Annual report on the health of the army in India
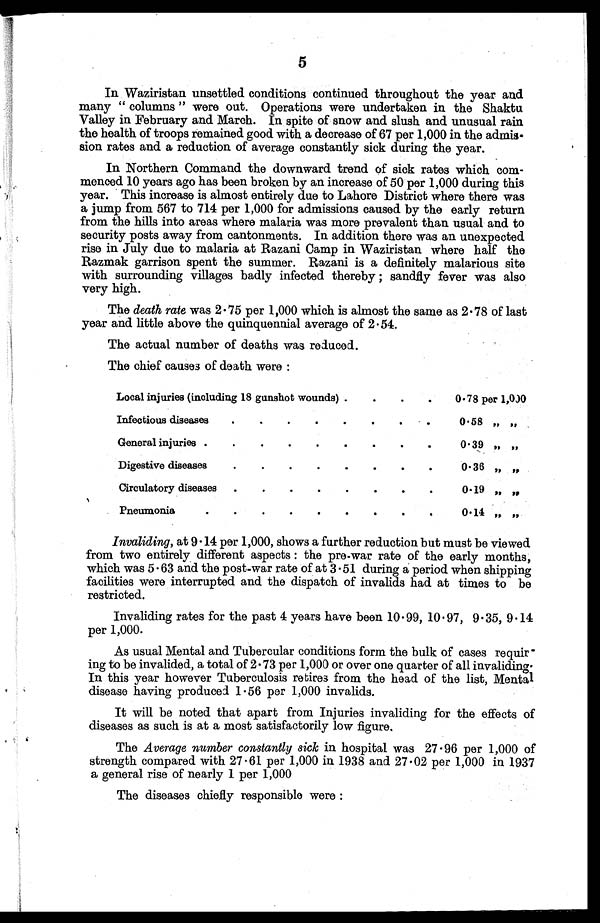
5
In Waziristan unsettled conditions continued throughout the year and
many " columns " were out. Operations were undertaken in the Shaktu
Valley in February and March. In spite of snow and slush and unusual rain
the health of troops remained good with a decrease of 67 per 1,000 in the admis
sion rates and a reduction of average constantly sick during the year.
In Northern Command the downward trend of sick rates which com
menced 10 years ago has been broken by an increase of 50 per 1,000 during this
year. This increase is almost entirely due to Lahore District where there was
a jump from 567 to 714 per 1,000 for admissions caused by the early return
from the hills into areas where malaria was more prevalent than usual and to
security posts away from cantonments. In addition there was an unexpected
rise in July due to malaria at Razani Camp in Waziristan where half the
Razmak garrison spent the summer. Razani is a definitely malarious site
with surrounding villages badly infected thereby ; sandfly fever was also
very high.
The death rate was 2 . 75 per 1,000 which is almost the same as 2 . 78 of last
year and little above the quinquennial average of 2.54.
The actual number of deaths was reduced.
The chief causes of death were :
Local injuries (including 18 gunshot wounds) .
.
.
.
0.78 per 1,000
Infectious diseases
.
.
.
.
.
.
.
.
0.58 ,, ,,
General injuries .
.
.
.
.
.
.
.
.
0.39 ,, „
Digestive diseases
.
.
.
.
.
.
.
.
0 . 3 6 , , , ,
Circulatory diseases
.
.
.
.
.
.
.
.
0 . 1 9 , , , ,
Pneumonia
.
.
.
.
.
.
.
.
.
0.14 , , , ,
Invaliding, at 9.14 per 1,000, shows a further reduction but must be viewed
from two entirely different aspects : the pre-war rate of the early months,
which was 5.63 and the post-war rate of at 3.51 during a period when shipping
facilities were interrupted and the dispatch of invalids had at times to be
restricted.
Invaliding rates for the past 4 years have been 10.99, 10.97, 9.35, 9.14
per 1,000.
As usual Mental and Tubercular conditions form the bulk of cases requir
ing to be invalided, a total of 2.73 per 1,000 or over one quarter of all invaliding.
In this year however Tuberculosis retires from the head of the list, Mental
disease having produced 1.56 per 1,000 invalids.
It will be noted that apart from Injuries invaliding for the effects of
diseases as such is at a most satisfactorily low figure.
The Average number constantly sick in hospital was 27.96 per 1,000 of
strength compared with 27.61 per 1,000 in 1938 and 27.02 per 1,000 in 1937
a general rise of nearly 1 per 1,000
The diseases chiefly responsible were :